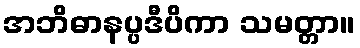
အဘိဓာနပ္ပဒီပိကာ သမတ္တာ။